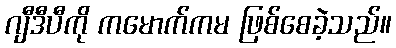
ဂျီဒီပီကို ကမောက်ကမ ဖြစ်စေခဲ့သည်။